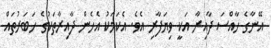
އޭނާގެ ހާއްސަ ދާއިރާ އަކީ ވިޔަފާރި އެވެ. އެކަމަކު އެހެން ދާއިރާތަކުގެ ހަބަރުތައް